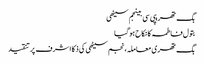
بگ تھریپی سی بینجم سیٹھی
بتول فاطمہ کا نکاح ہوگیا
بگ تھری معاملہ، نجم سیٹھی کی ذکا اشرف پر تنقید